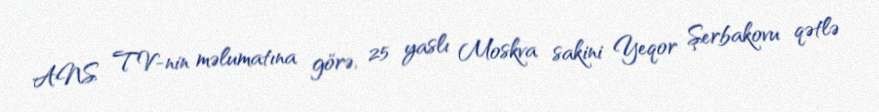
ANS TV-nin məlumatına görə, 25 yaslı Moskva sakini Yeqor Şerbakovu qətlə